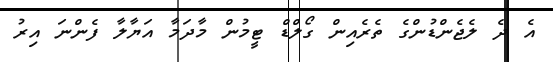
އެ ދެ ލެޖެންޑުންގެ ތެރެއިން ގޯލްޑް ޓީމުން މާދަމާ އަޔާލާ ފެންނަ އިރު